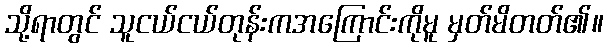
သို့ရာတွင် သူငယ်ငယ်တုန်းကအကြောင်းကိုမူ မှတ်မိတတ်၏။